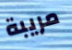
مريبة